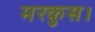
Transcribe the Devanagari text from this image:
मरकुस।